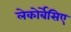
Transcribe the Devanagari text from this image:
लेकोर्बेसिए